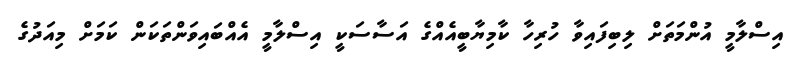
އިސްލާމީ އުންމަތަށް ލިބިފައިވާ ހުރިހާ ކާމިޔާބީއެއްގެ އަސާސަކީ އިސްލާމީ އެއްބައިވަންތަކަން ކަމަށް މިއަދުގެ